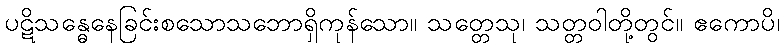
ပဋိသန္ဓေနေခြင်းစသောသဘောရှိကုန်သော။ သတ္တေသု၊ သတ္တဝါတို့တွင်။ ဧကောပိ၊